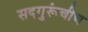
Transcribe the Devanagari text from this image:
सदगुरूंचीच